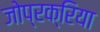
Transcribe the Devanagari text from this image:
जोप्रक्रिया